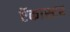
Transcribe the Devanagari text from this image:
ऍकास्टर